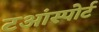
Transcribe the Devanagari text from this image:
टआंस्पोर्ट